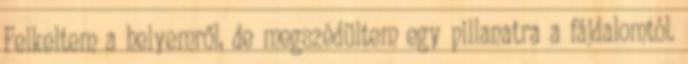
Felkeltem a helyemről, de megszédültem egy pillanatra a fájdalomtól.